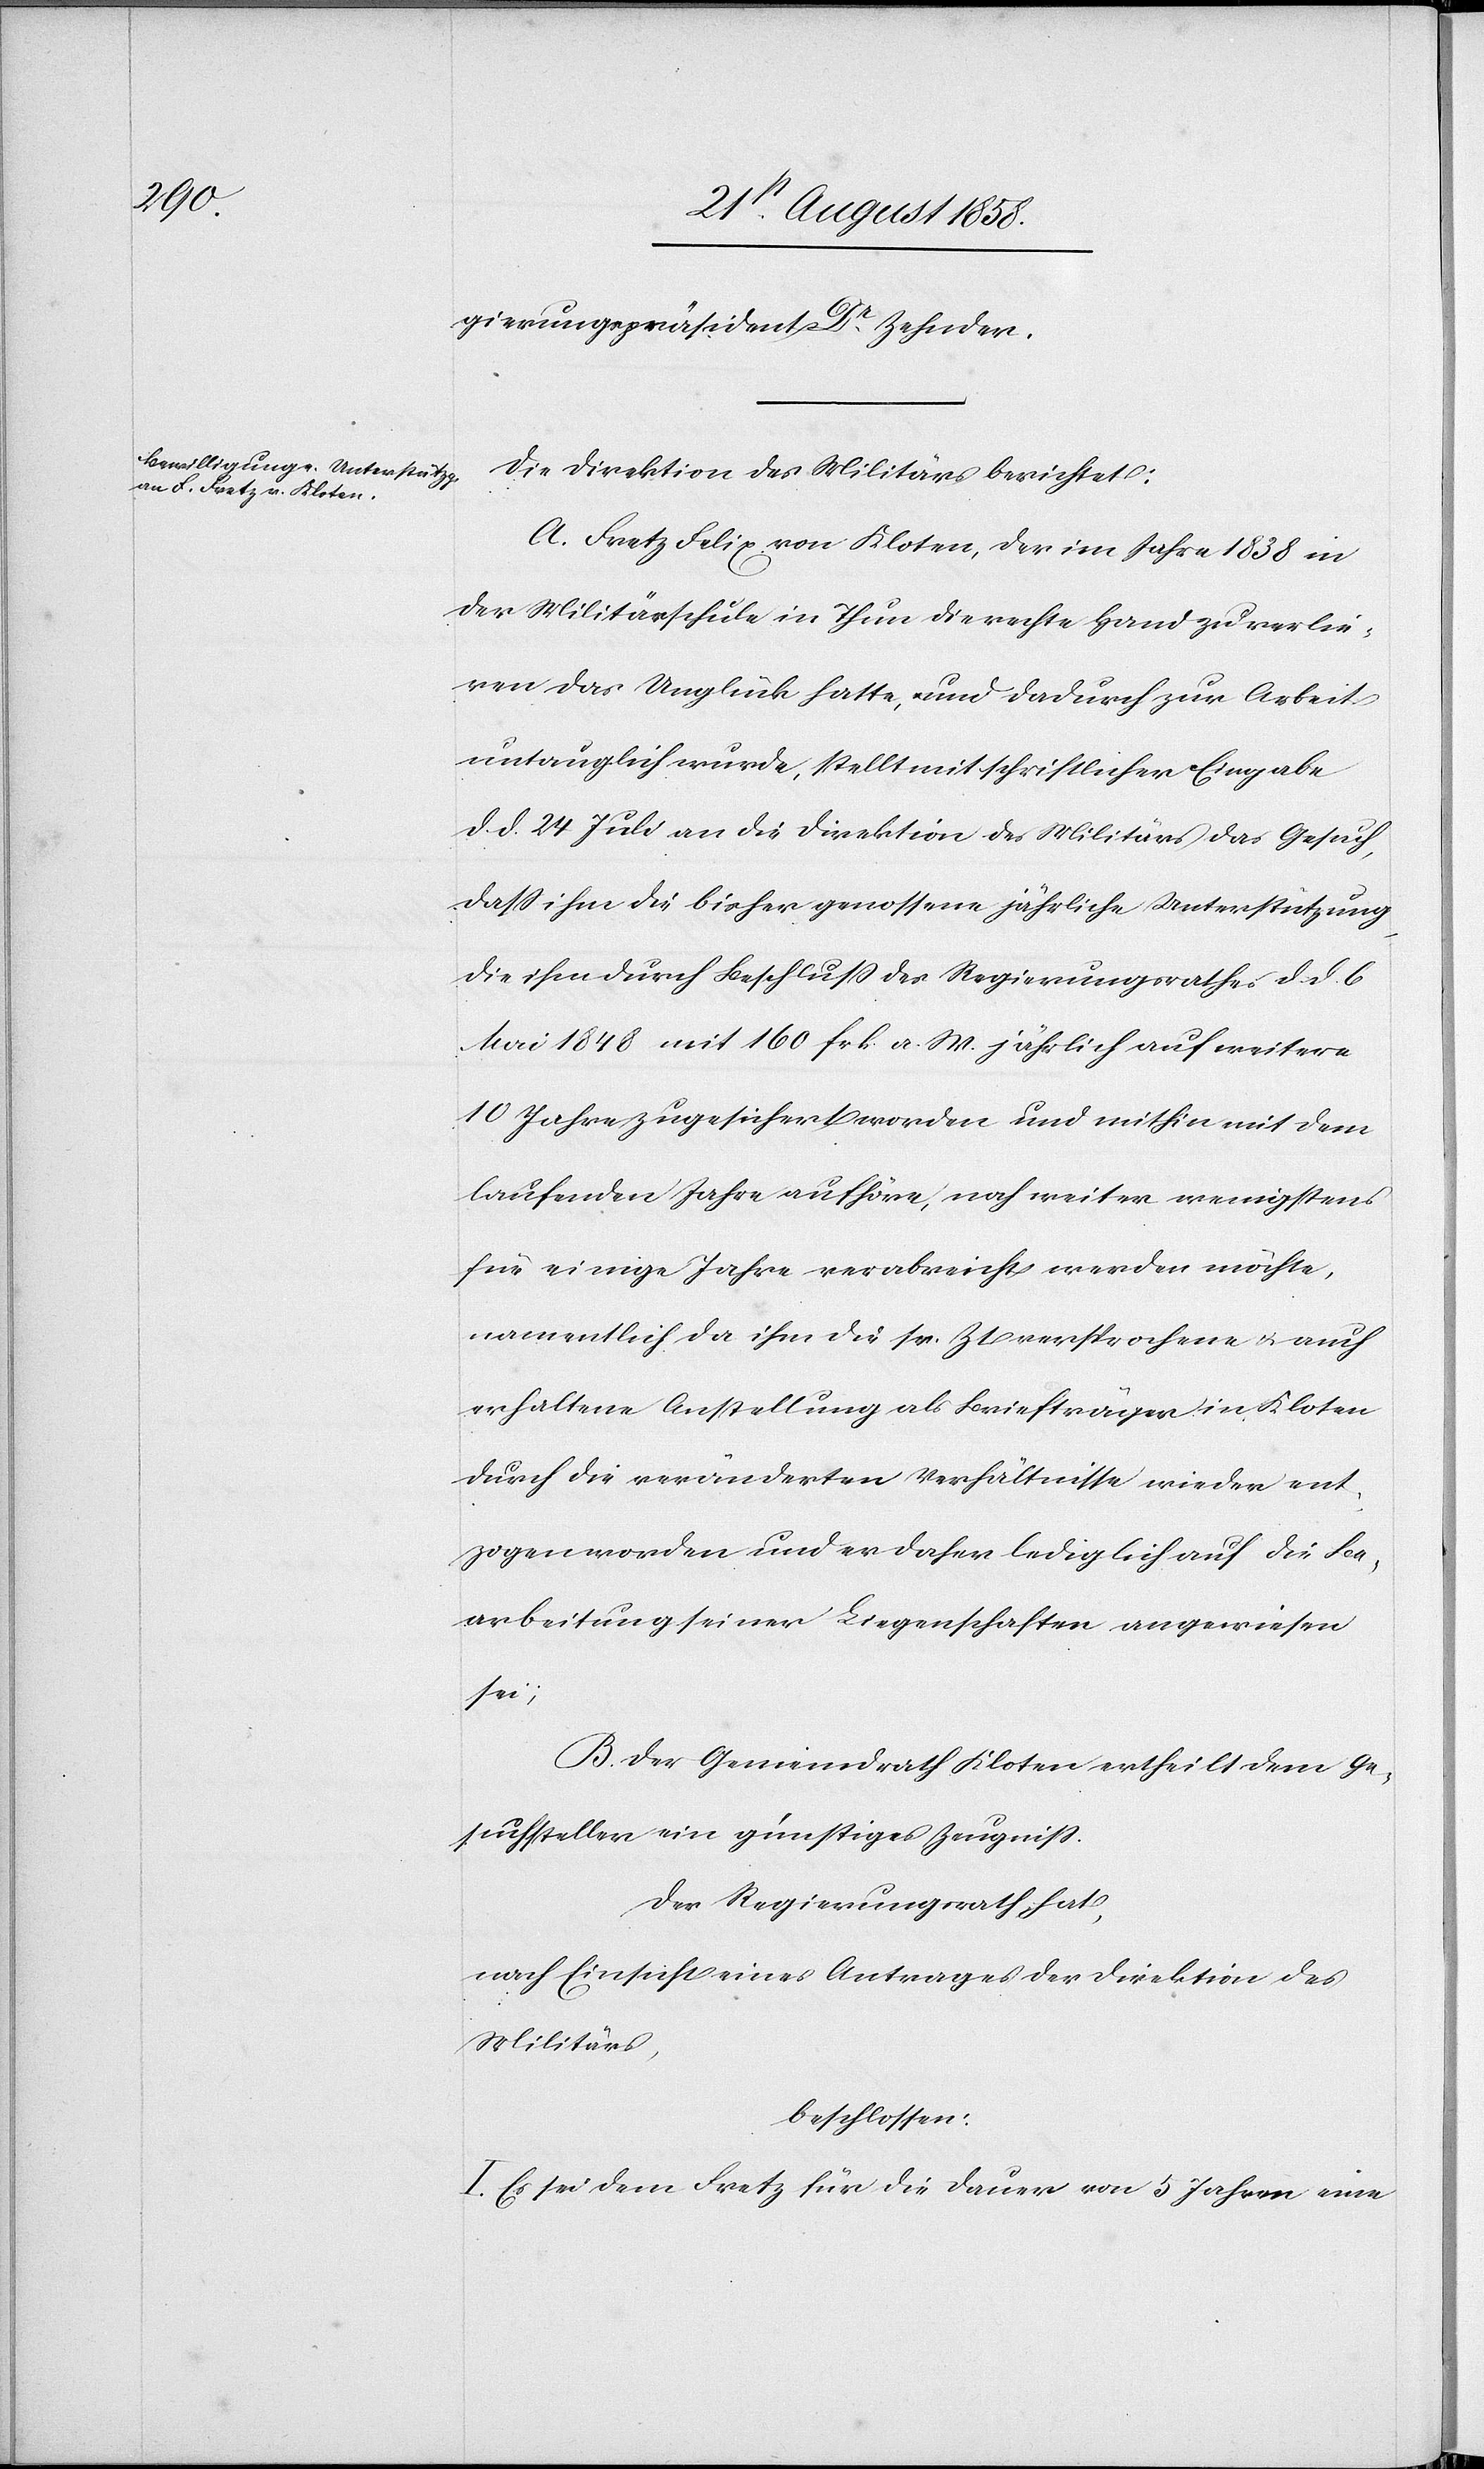
gierungspräsident Dr Zehnder.
Die Direktion des Militärs berichtet:
A. Fretz Felix von Kloten, der im Jahre 1838 in
der Militärschule in Thun die rechte Hand zu verlie¬
ren das Unglück hatte, und dadurch zur Arbeit
untauglich wurde, stellt mit schriftlicher Eingabe
d. d. 24 Juli an die Direktion des Militärs das Gesuch,
dass ihm die bisher genossene jährliche Unterstützung,
die ihm durch Beschluss des Regierungsrathes d. d. 6
Mai 1848 mit 160 Frk. a. W. jährlich auf weitere
10 Jahre zugesichert worden und mithin mit dem
laufenden Jahre aufhöre, noch weiter wenigstens
für einige Jahre verabreicht werden möchte,
namentlich da ihm die sr. Zt. versprochene & auch
erhaltene Anstellung als Briefträger in Kloten
durch die veränderten Verhältnisse wieder ent¬
zogen worden und er daher lediglich auf die Be¬
arbeitung seiner Liegenschaften angewiesen
sei;
B. Der Gemeindrath Kloten ertheilt dem Ge¬
suchsteller ein günstiges Zeugniss.
Der Regierungsrath hat,
nach Einsicht eines Antrages der Direktion des
Militärs,
beschlossen:
I. Es sei dem Fretz für die Dauer von 5 Jahren eine